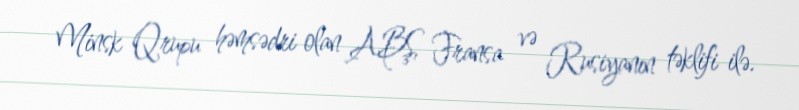
Minsk Qrupu həmsədri olan ABŞ, Fransa və Rusiyanın təklifi ilə.